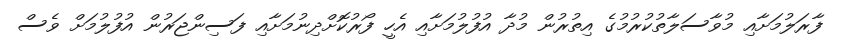
ފާރަލުމަށާއި މުވާސަލާތުކުރުމުގެ އިތުރުން މުދާ އުފުލުމަށާއި އެހީ ފޯރުކޮށްދިނުމަށާއި ފަސިންޖަރުން އުފުލުމަށް ވެސް